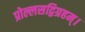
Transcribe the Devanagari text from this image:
प्रोल्लसद्विग्रहम्।